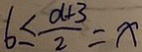
6 \leq \frac { a + 3 } { 2 } = x